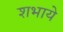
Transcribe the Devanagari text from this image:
शभाये